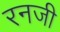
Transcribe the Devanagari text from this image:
रनजी